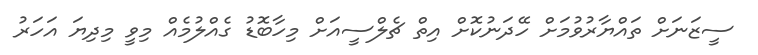
ސީޒަނަށް ތައްޔާރުވުމަށް ހޭދަނުކޮށް އިތް ޗެލްސީއަށް މިހާބޮޑު ގެއްލުމެއް މިވީ މިދިޔަ އަހަރު